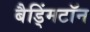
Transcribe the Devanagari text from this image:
बैड्मिंटॉन